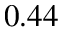
0 . 4 4